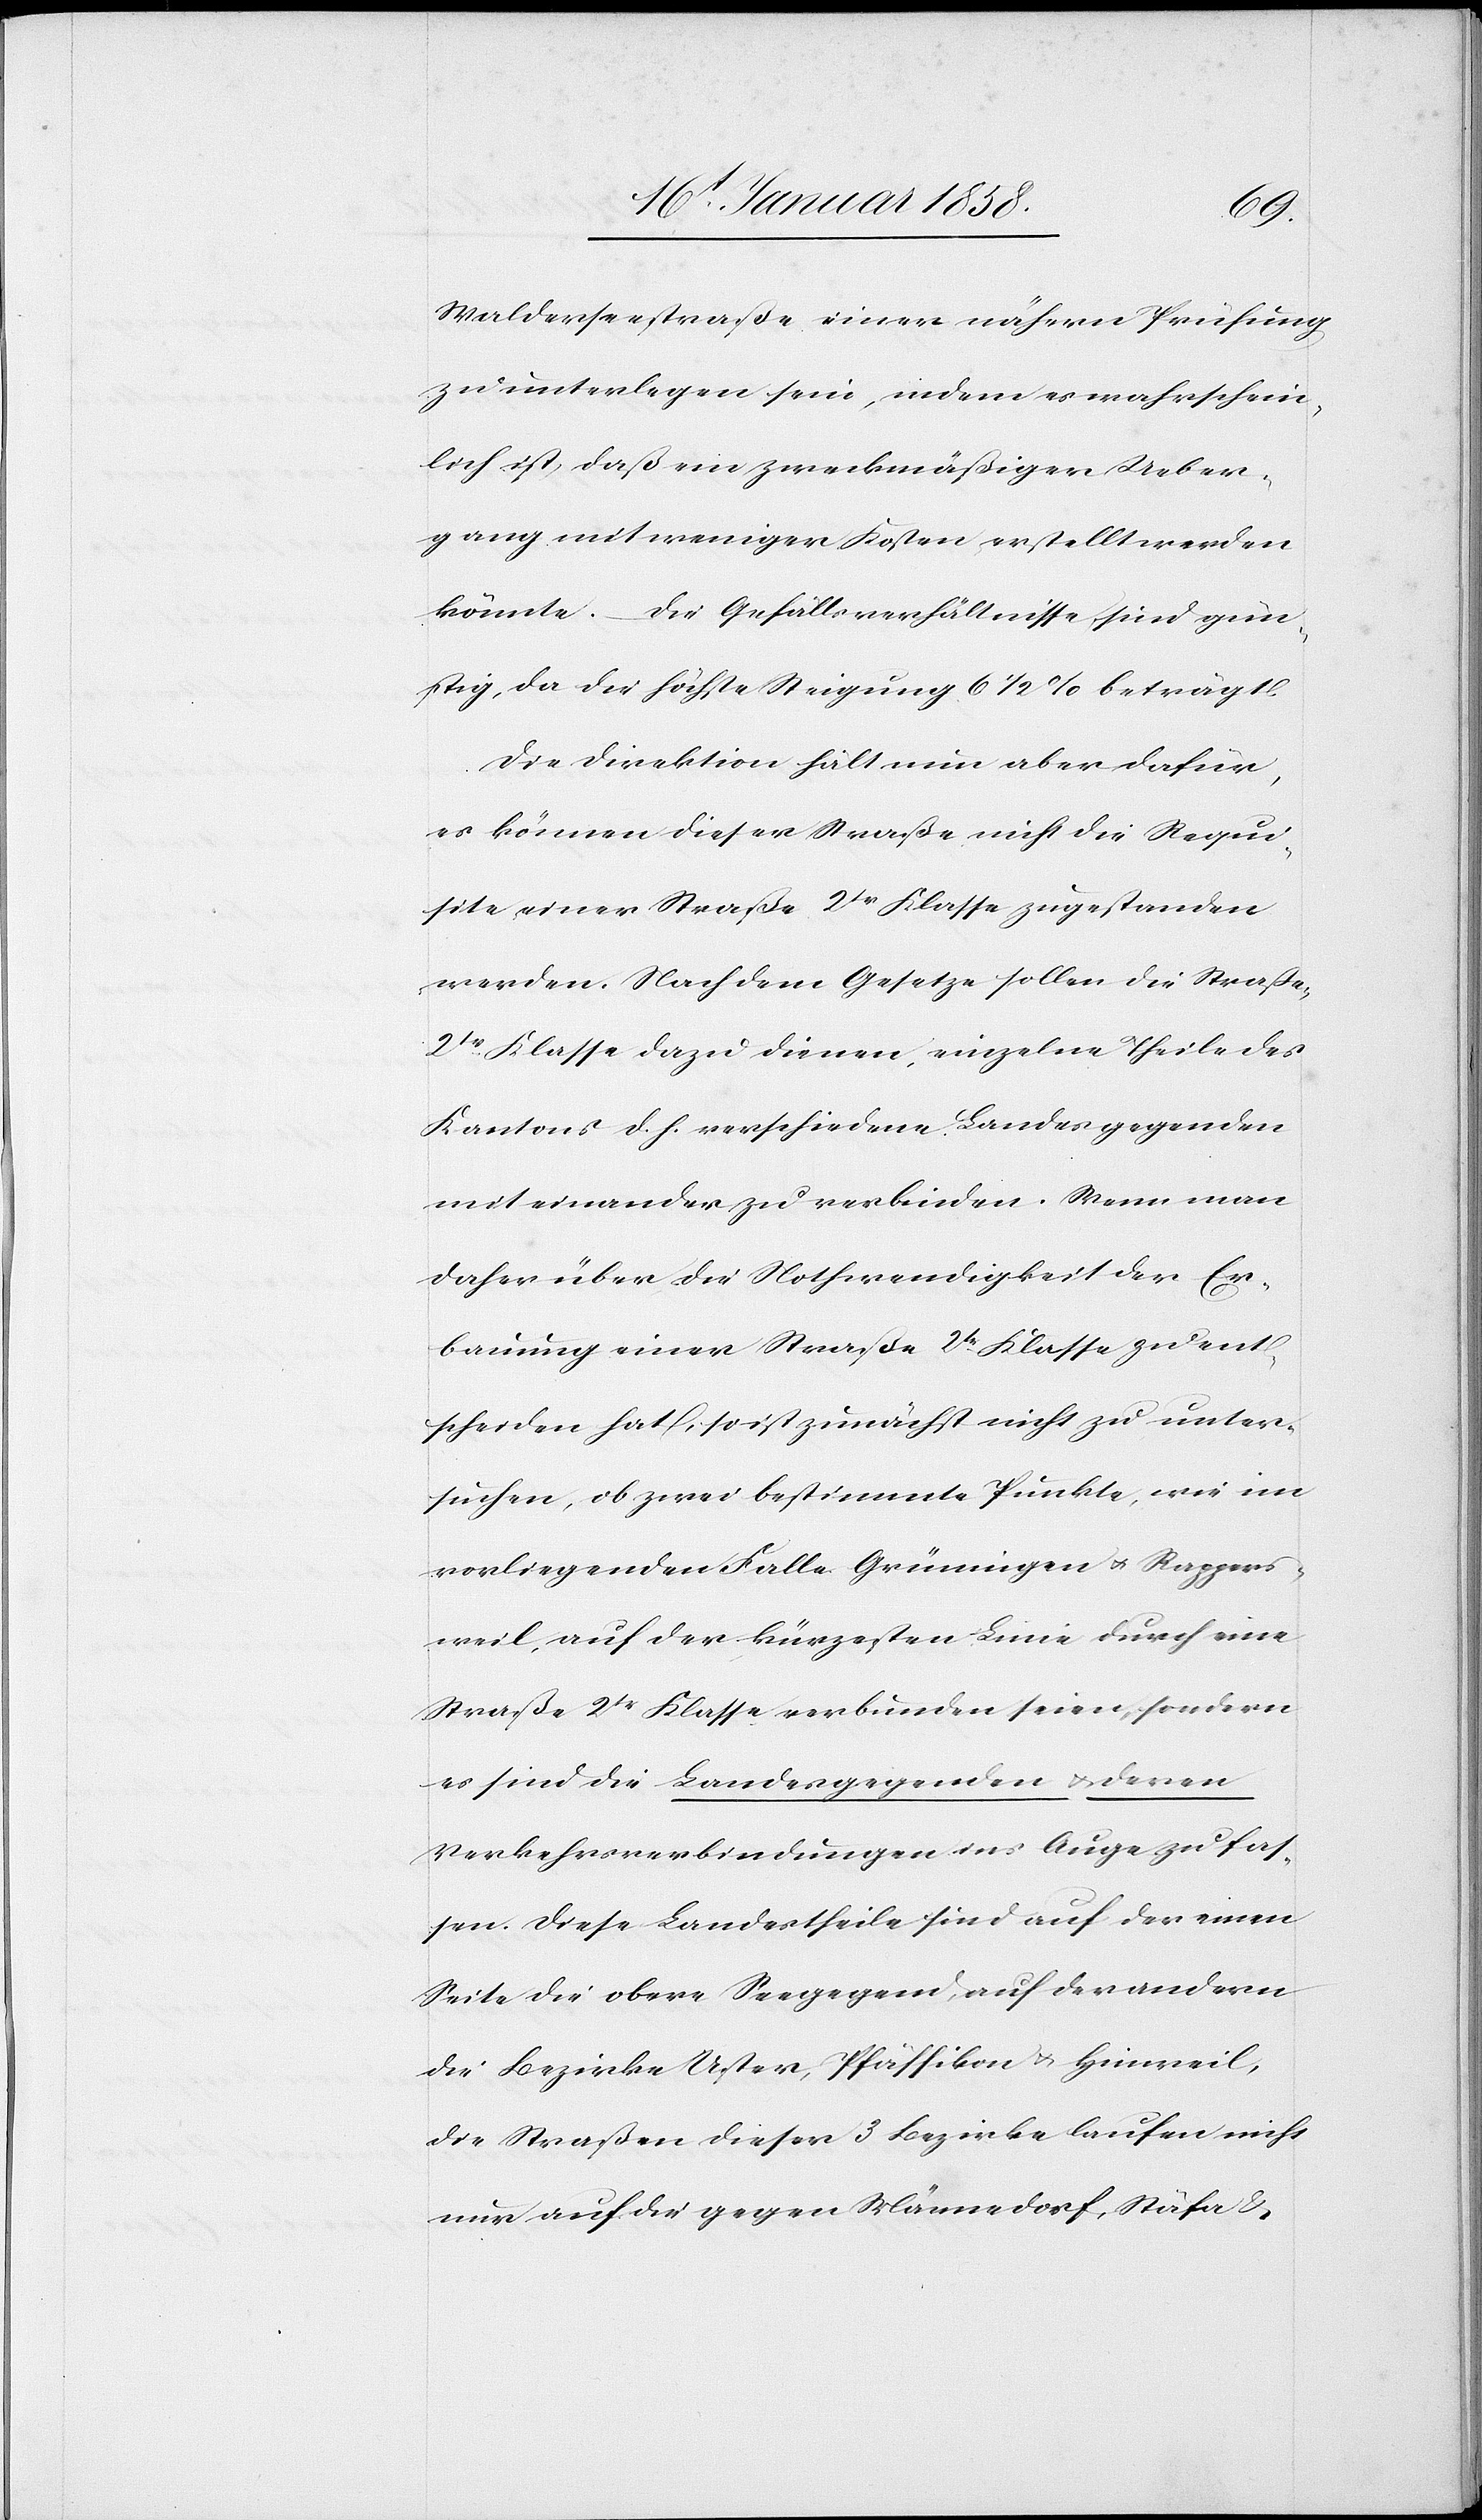
Walderseestraße einer nähern Prüfung
zu unterlegen sein, indem es wahrschein¬
lich ist, daß ein zweckmäßiger Ueber¬
gang mit weniger Kosten erstellt werden
könnte. Die Gefällsverhältnisse sind gün¬
stig, da die höchste Steigung 6 1/2 % beträgt.
Die Direktion hält nun aber dafür,
es können dieser Straße nicht die Requi¬
site einer Straße 2tr Klasse zugestanden
werden. Nach dem Gesetze sollen die Straßen
2tr Klasse dazu dienen, einzelne Theile des
Kantons d. h. verschiedene Landesgegenden
miteinander zu verbinden. Wenn man
daher über die Nothwendigkeit der Er¬
bauung einer Straße 2tr Klasse zu ent¬
scheiden hat, so ist zunächst nicht zu unter¬
suchen, ob zwei bestimmte Punkte, wie im
vorliegenden Falle Grüningen u. Rappers¬
weil, auf der kürzesten Linie durch eine
Straße 2tr Klasse verbunden seien, sondern
es sind die Landesgegenden u. deren
Verkehrsverbindungen ins Auge zu fas¬
sen. Diese Landestheile sind auf der einen
Seite die obere Seegegend, auf der andern
die Bezirke Uster, Pfäffikon u. Hinweil,
die Straßen dieser 3 Bezirke laufen nicht
nur auf die gegen Männedorf, Stäfa &